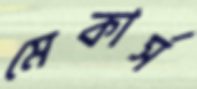
মেকার্স